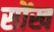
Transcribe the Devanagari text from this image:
सोंख